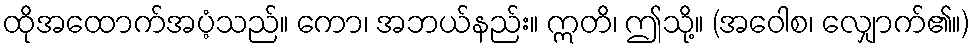
ထိုအထောက်အပံ့သည်။ ကော၊ အဘယ်နည်း။ ဣတိ၊ ဤသို့။ (အဝေါစ၊ လျှောက်၏။)